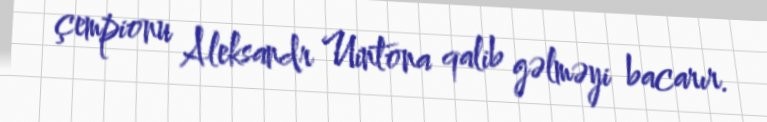
çempionu Aleksandr Uintona qalib gəlməyi bacarır.